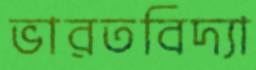
ভারতবিদ্যা